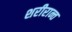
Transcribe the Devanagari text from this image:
शरीरान्त